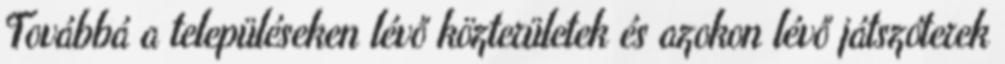
Továbbá a településeken lévő közterületek és azokon lévő játszóterek